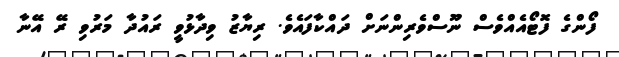
ފޯންގެ ފޮޓޯއެއްވެސް ނޫސްވެރިންނަށް ދައްކާފައެވެ. ރިޔާޒު ވިދާޅުވީ ރައުދާ މަރުވި ރޭ އޭނާ